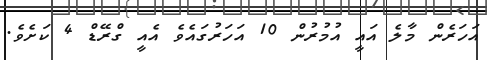
އަހަރެން މާލެ އައީ އުމުރުން 10 އަހަރުގައެވެ އެއީ ގްރޭޑް 4 ކަށެވެ.